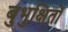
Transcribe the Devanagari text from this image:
बुभुक्षितों